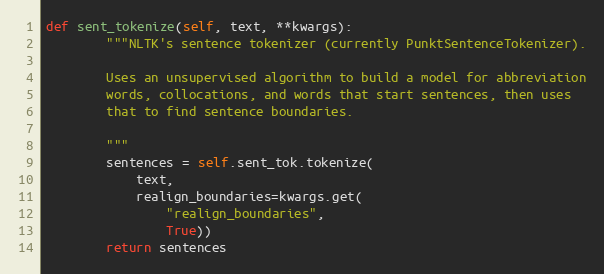
Language: Python
def sent_tokenize(self, text, **kwargs):
        """NLTK's sentence tokenizer (currently PunktSentenceTokenizer).

        Uses an unsupervised algorithm to build a model for abbreviation
        words, collocations, and words that start sentences, then uses
        that to find sentence boundaries.

        """
        sentences = self.sent_tok.tokenize(
            text,
            realign_boundaries=kwargs.get(
                "realign_boundaries",
                True))
        return sentences